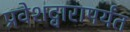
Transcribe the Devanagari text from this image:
प्रवेशद्वारापर्यंत